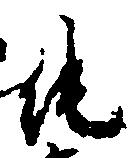
純